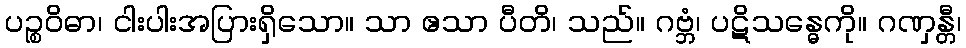
ပဉ္စဝိဓာ၊ ငါးပါးအပြားရှိသော။ သာ ဧသာ ပီတိ၊ သည်။ ဂဗ္ဘံ၊ ပဋိသန္ဓေကို။ ဂဏှန္တီ၊